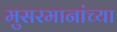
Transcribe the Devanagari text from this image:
मुसरमानांच्या